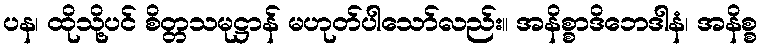
ပန၊ ထိုသို့ပင် စိတ္တသမုဋ္ဌာန် မဟုတ်ပါသော်လည်း။ အနိစ္စာဒိဘေဒါနံ၊ အနိစ္စ